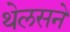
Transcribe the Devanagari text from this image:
थेलसने